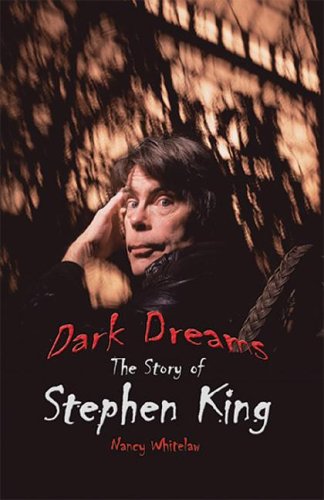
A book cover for Dark Dreams: The Story of Stephen King (World Writers); Nancy Whitelaw; Teen & Young Adult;